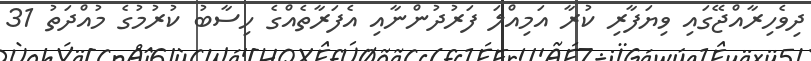
ދިވެހިރާއްޖޭގައި ވިޔަފާރި ކުރާ އަމިއްލަ ފަރުދުންނާއި އެފަރާތެއްގެ ހިސާބު ކުރުމުގެ މުއްދަތު 31